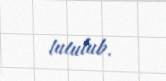
tutulub.